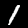
Label: 1